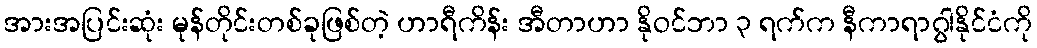
အားအပြင်းဆုံး မုန်တိုင်းတစ်ခုဖြစ်တဲ့ ဟာရီကိန်း အီတာဟာ နိုဝင်ဘာ ၃ ရက်က နီကာရာဂွါနိုင်ငံကို